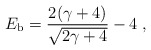
\begin{align*}E_{\rm b} = { 2(\gamma+4) \over \sqrt{2\gamma + 4}} - 4 \;, \end{align*}